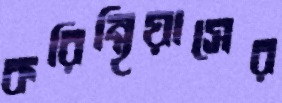
করিন্থিয়াসের